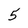
Character: 5